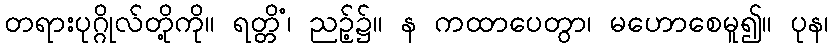
တရားပုဂ္ဂိုလ်တို့ကို။ ရတ္တိံ၊ ညဉ့်၌။ န ကထာပေတွာ၊ မဟောစေမူ၍။ ပုန၊